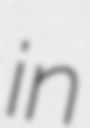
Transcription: in